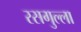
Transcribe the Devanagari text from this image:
रसगुल्‍ला